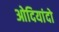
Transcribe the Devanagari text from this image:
ओदियांदो